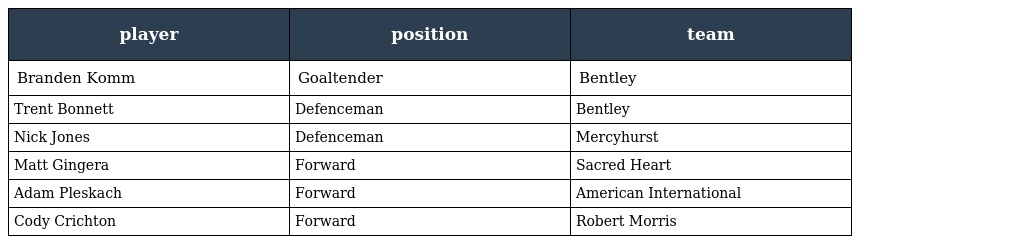
| player | position | team |
 | --- | --- | --- |
 | Branden Komm | Goaltender | Bentley |
 | Trent Bonnett | Defenceman | Bentley |
 | Nick Jones | Defenceman | Mercyhurst |
 | Matt Gingera | Forward | Sacred Heart |
 | Adam Pleskach | Forward | American International |
 | Cody Crichton | Forward | Robert Morris |